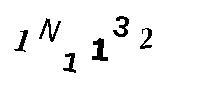
1N1132